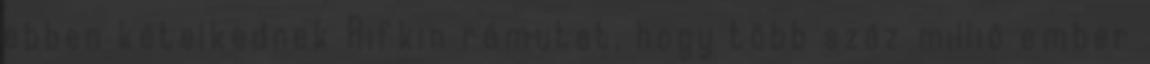
ebben kételkednek Rifkin rámutat, hogy több száz millió ember